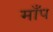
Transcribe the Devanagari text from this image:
माँप